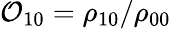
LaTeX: \mathcal{O}_{10}=\rho_{10}/\rho_{00}